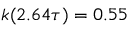
k ( 2 . 6 4 \tau ) = 0 . 5 5